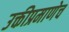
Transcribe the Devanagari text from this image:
उक्तीप्रमाणेच